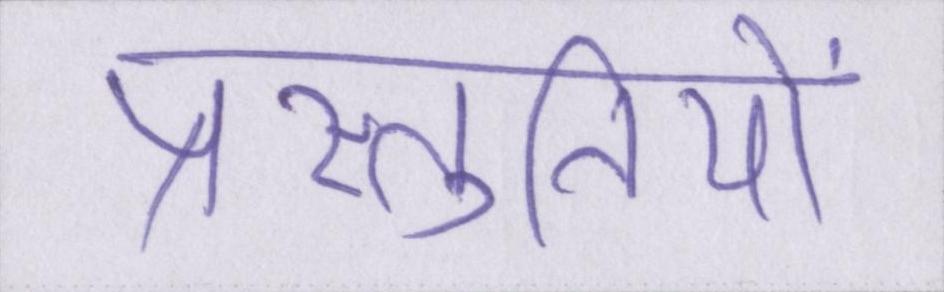
प्रस्तुतियों